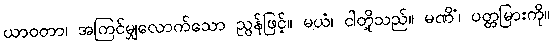
ယာဝတာ၊ အကြင်မျှလောက်သော ညွန်ဖြင့်။ မယံ၊ ငါတို့သည်။ မဏိံ၊ ပတ္တမြားကို။